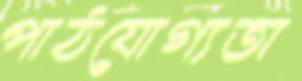
পাঠযোগ্যতা